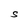
Character: S